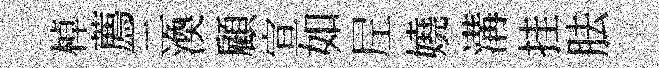
棹薦三渙顧宣如𡰱嬈溝挂胠